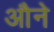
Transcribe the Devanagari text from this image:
औने